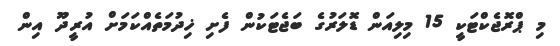
މި ޕްރޮޖެކްޓަކީ 15 މިލިއަން ޑޮލަރުގެ ބަޖެޓަކުން ފެށި ޚިދުމަތެއްކަމަށް އުރީދޫ އިން